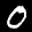
Label: 0